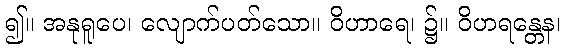
၍။ အနုရူပေ၊ လျောက်ပတ်သော။ ဝိဟာရေ၊ ၌။ ဝိဟရန္တေန၊